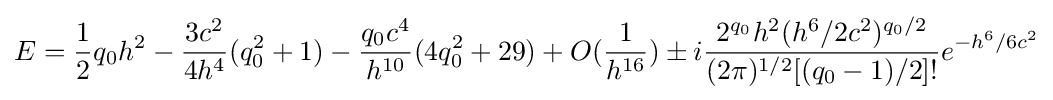
E={\frac {1}{2}}q_{0}h^{2}-{\frac {3c^{2}}{4h^{4}}}(q_{0}^{2}+1)-{\frac {q_{0}c^{4}}{h^{10}}}(4q_{0}^{2}+29)+O({\frac {1}{h^{16}}})\pm i{\frac {2^{q_{0}}h^{2}(h^{6}/2c^{2})^{q_{0}/2}}{(2\pi )^{1/2}[(q_{0}-1)/2]!}}e^{-h^{6}/6c^{2}}